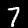
Digit: 7